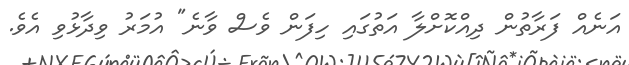
އަނެއް ފަރާތުން ދިއްކޮށްލާ އަތުގައި ހިފަން ވެސް ވާނެ" އުމަރު ވިދާޅުވި އެވެ.